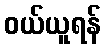
ဝယ်ယူရန်